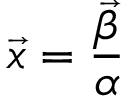
\vec { x } = { \frac { \vec { \beta } } { \alpha } }